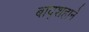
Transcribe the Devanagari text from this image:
बाद्शहाने